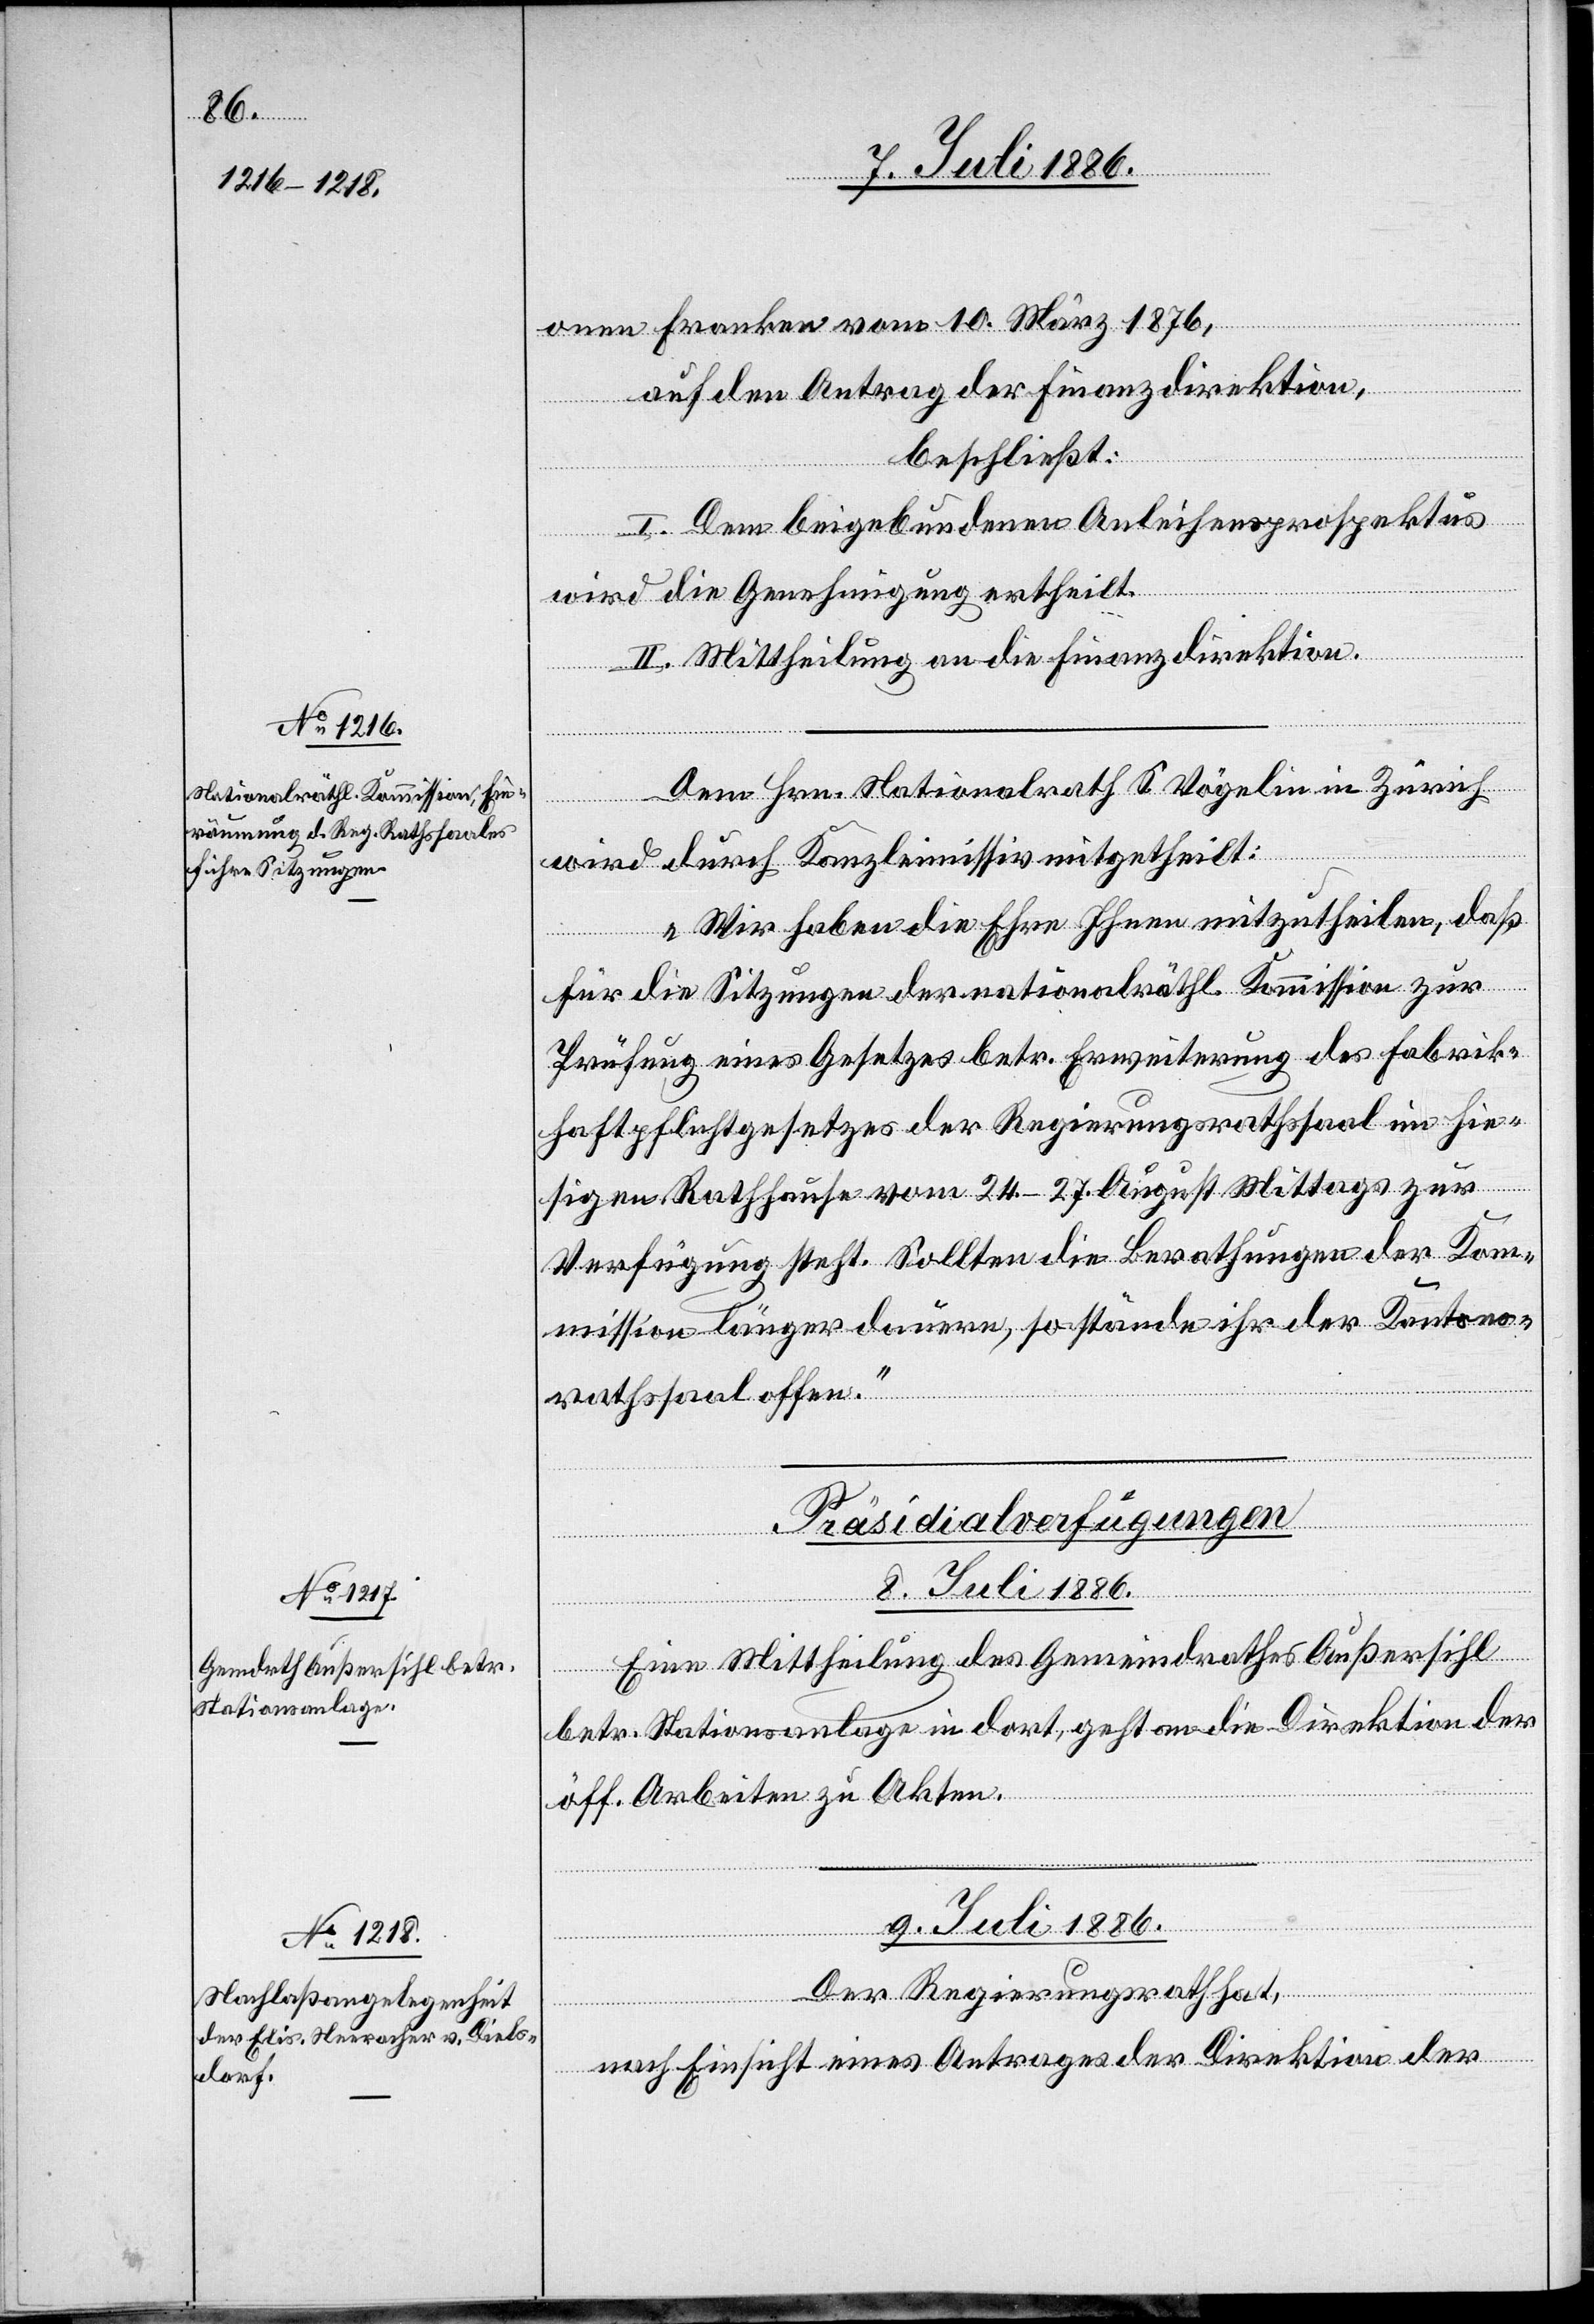
onen Franken vom 10. März 1876,
auf den Antrag der Finanzdirektion,
beschließt:
I. Dem beigebundenen Anleihensprospektus
wird die Genehmigung ertheilt.
II. Mittheilung an die Finanzdirektion.
Dem Hrn. Nationalrath S. Vögelin in Zürich
wird durch Kanzleimissiv mitgetheilt:
„Wir haben die Ehre Ihnen mitzutheilen, daß
für die Sitzungen der nationalräthl. Kommission zur
Prüfung eines Gesetzes betr. Erweiterung des Fabrik¬
haftpflichtgesetzes der Regierungsrathssaal im hie¬
sigen Rathhause vom 24.–27. August Mittags zur
Verfügung steht. Sollten die Berathungen der Kom¬
mission länger dauern, so stände ihr der Kantons¬
rathssaal offen.“
[Präsidialverfügungen]
9. Juli 1886.
Eine Mittheilung des Gemeindrathes Außersihl
betr. Stationsanlage in dort, geht an die Direktion der
öff. Arbeiten zu Akten.
Der Regierungsrath hat,
nach Einsicht eines Antrages der Direktion der